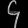
Digit: ၄